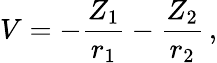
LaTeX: V=-\frac{Z_{1}}{r_{1}}-\frac{Z_{2}}{r_{2}}\, ,